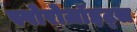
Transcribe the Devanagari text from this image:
स्पोरोज़ॉइट्स